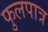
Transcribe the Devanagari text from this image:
फुलपात्र